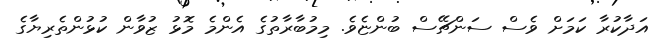
އަދާކުރާ ކަމަށް ވެސް ސަންޗޭސް ބުންޏެވެ. މިމުބާރާތުގެ އެންމެ މޮޅު ޒުވާން ކުޅުންތެރިޔާގެ